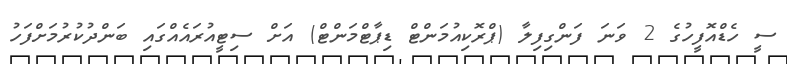
ސީ ހެޑްއޮފީހުގެ 2 ވަނަ ފަންގިފިލާ (ޕްރޮކިއުމަންޓް ޑިޕާޓްމަންޓް) އަށް ސިޓީއުރައެއްގައި ބަންދުކުރުމަށްފަހު